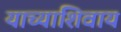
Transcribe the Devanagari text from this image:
याच्याशिवाय